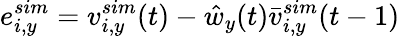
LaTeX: e_{i,y}^{sim}=v_{i,y}^{sim}(t)-\hat{w}_{y}(t)\bar{v}_{i,y}^{sim}(t-1)